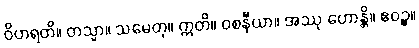
ဝိဟရတိ။ တသ္မာ။ သမေတု။ ဣတိ။ ဝစနီယာ။ အဿု ဟောန္တိ။ ဧဝဉ္စ။